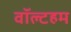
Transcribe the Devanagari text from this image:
वॉल्टहम